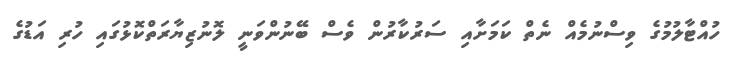
ހުއްޓާލުމުގެ ވިސްނުމެއް ނެތް ކަމަށާއި ސަރުކާރުން ވެސް ބޭނުންވަނީ ލޮނުޒިޔާރަތްކޮޅުގައި ހުރި އަޑުގެ